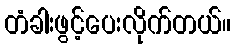
တံခါးဖွင့်ပေးလိုက်တယ်။